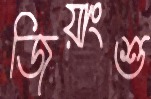
জিয়াংশু